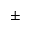
\pm